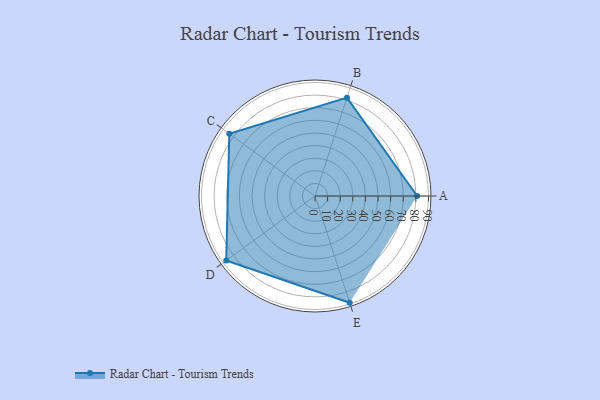
{"axis": {"x": "Skill", "y": "Score"}, "legend": ["Profile"], "data": [{"x": "A", "y": 81.0, "type": "Profile"}, {"x": "B", "y": 82.0, "type": "Profile"}, {"x": "C", "y": 84.0, "type": "Profile"}, {"x": "D", "y": 87.0, "type": "Profile"}, {"x": "E", "y": 89.0, "type": "Profile"}]}